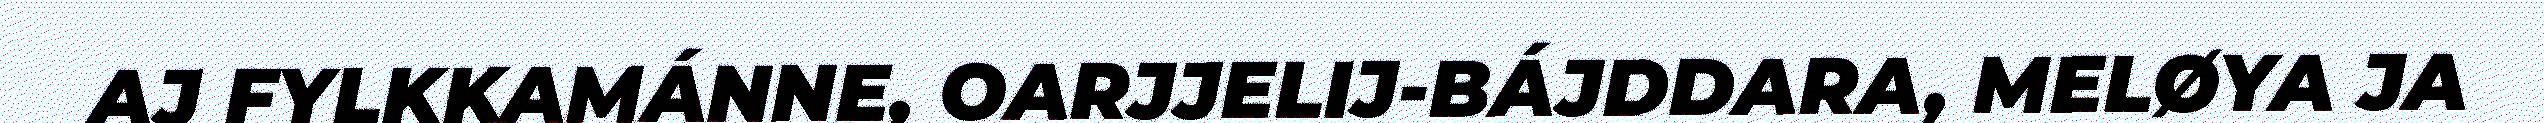
AJ FYLKKAMÁNNE, OARJJELIJ-BÁJDDARA, MELØYA JA